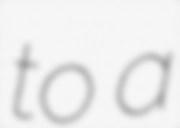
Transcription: to a